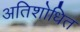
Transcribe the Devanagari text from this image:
अतिशोधित